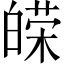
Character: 𤾔